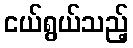
ငယ်ရွယ်သည့်